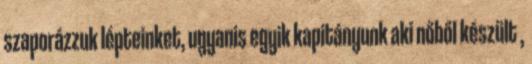
szaporázzuk lépteinket, ugyanis egyik kapitányunk aki nőből készült ,